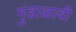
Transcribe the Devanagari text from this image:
गुंडाळावी